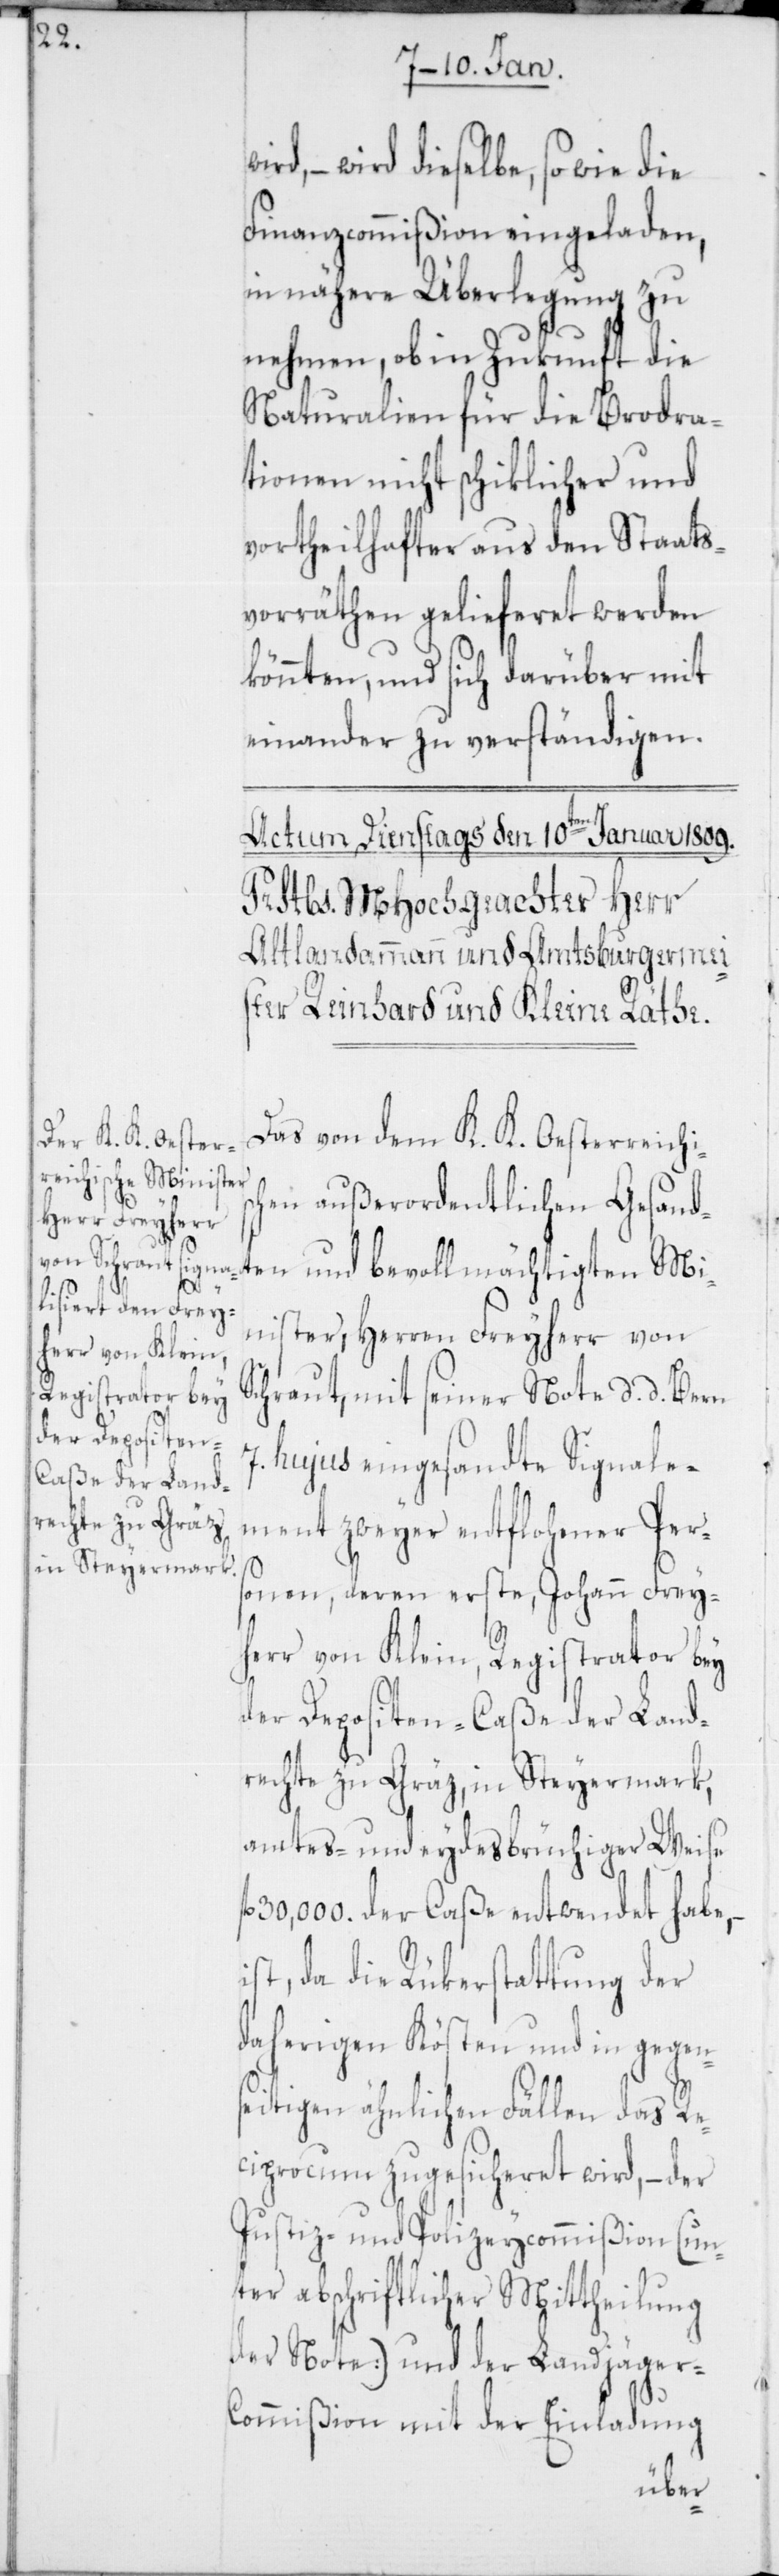
– wird dieselbe sowie die
Finanzcommißion eingeladen,
in nähere Überlegung zu
nehmen, ob in Zukunft die
Naturalien für die Brodra¬
tionen nicht schiklicher und
vortheilhafter aus den Staats¬
vorräthen gelieferet werden
könnten, und sich darüber mit
einander zu verständigen.
Das von dem k. k. oesterreichis¬
chen außerordentlichen Gesand¬
ten und bevollmächtigten Mi¬
nister, Herren Freyherr von
Schraut, mit seiner Note, d. d. Bern
hujus eingesandte Signale¬
ment zweyer entflohener Pers¬
onen, deren erste, Johann Frey¬
herr von Klein, Registrator bey
der Depositen-Caße der Land¬
rechte zu Gräz in Steyermark,
amtes- und eydesbrüchiger Weise
30,000. der Caße entwendet habe,
ist, da die Rückerstattung der
daherigen Kösten und in gegen¬
seitigen ähnlichen Fällen das Re¬
ciprocum zugesicheret wird, – der
Justiz- und Polizeycommißion (un¬
ter abschriftlicher Mittheilung
der Note) und der Landjäger-C¬
ommißion mit der Einladung